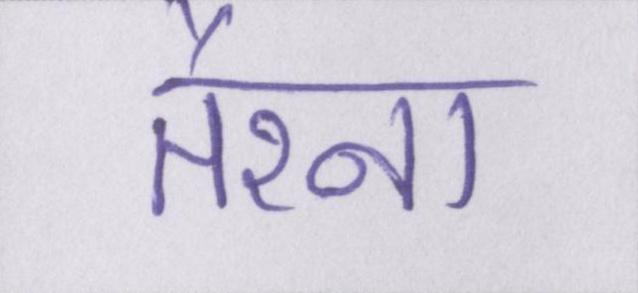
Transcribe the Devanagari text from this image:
तैरना